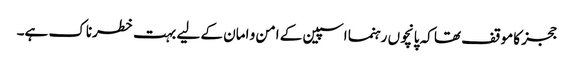
ججز کا موقف تھا کہ پانچوں رہنما اسپین کے امن و امان کے لیے بہت خطرناک ہے۔